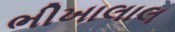
ભીખાલાલ